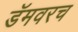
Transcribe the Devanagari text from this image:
डॅमवरच